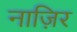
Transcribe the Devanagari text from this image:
नाज़िर